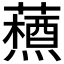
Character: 𮒞